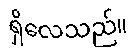
ရှိလေသည်။